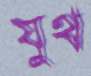
যুথ